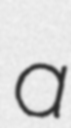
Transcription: a